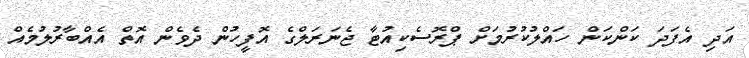
އަދި އެފަދަ ކަންކަން ހައްލުކުރުމަށް ޕްރޮސެކިއުޓާ ޖެނަރަލްގެ އޮފީހުން ދެވެން އޮތް އެއްބާރުލުމެއް